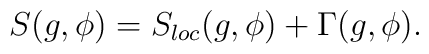
S(g, \phi) = S_{loc}(g, \phi) + \Gamma (g, \phi).